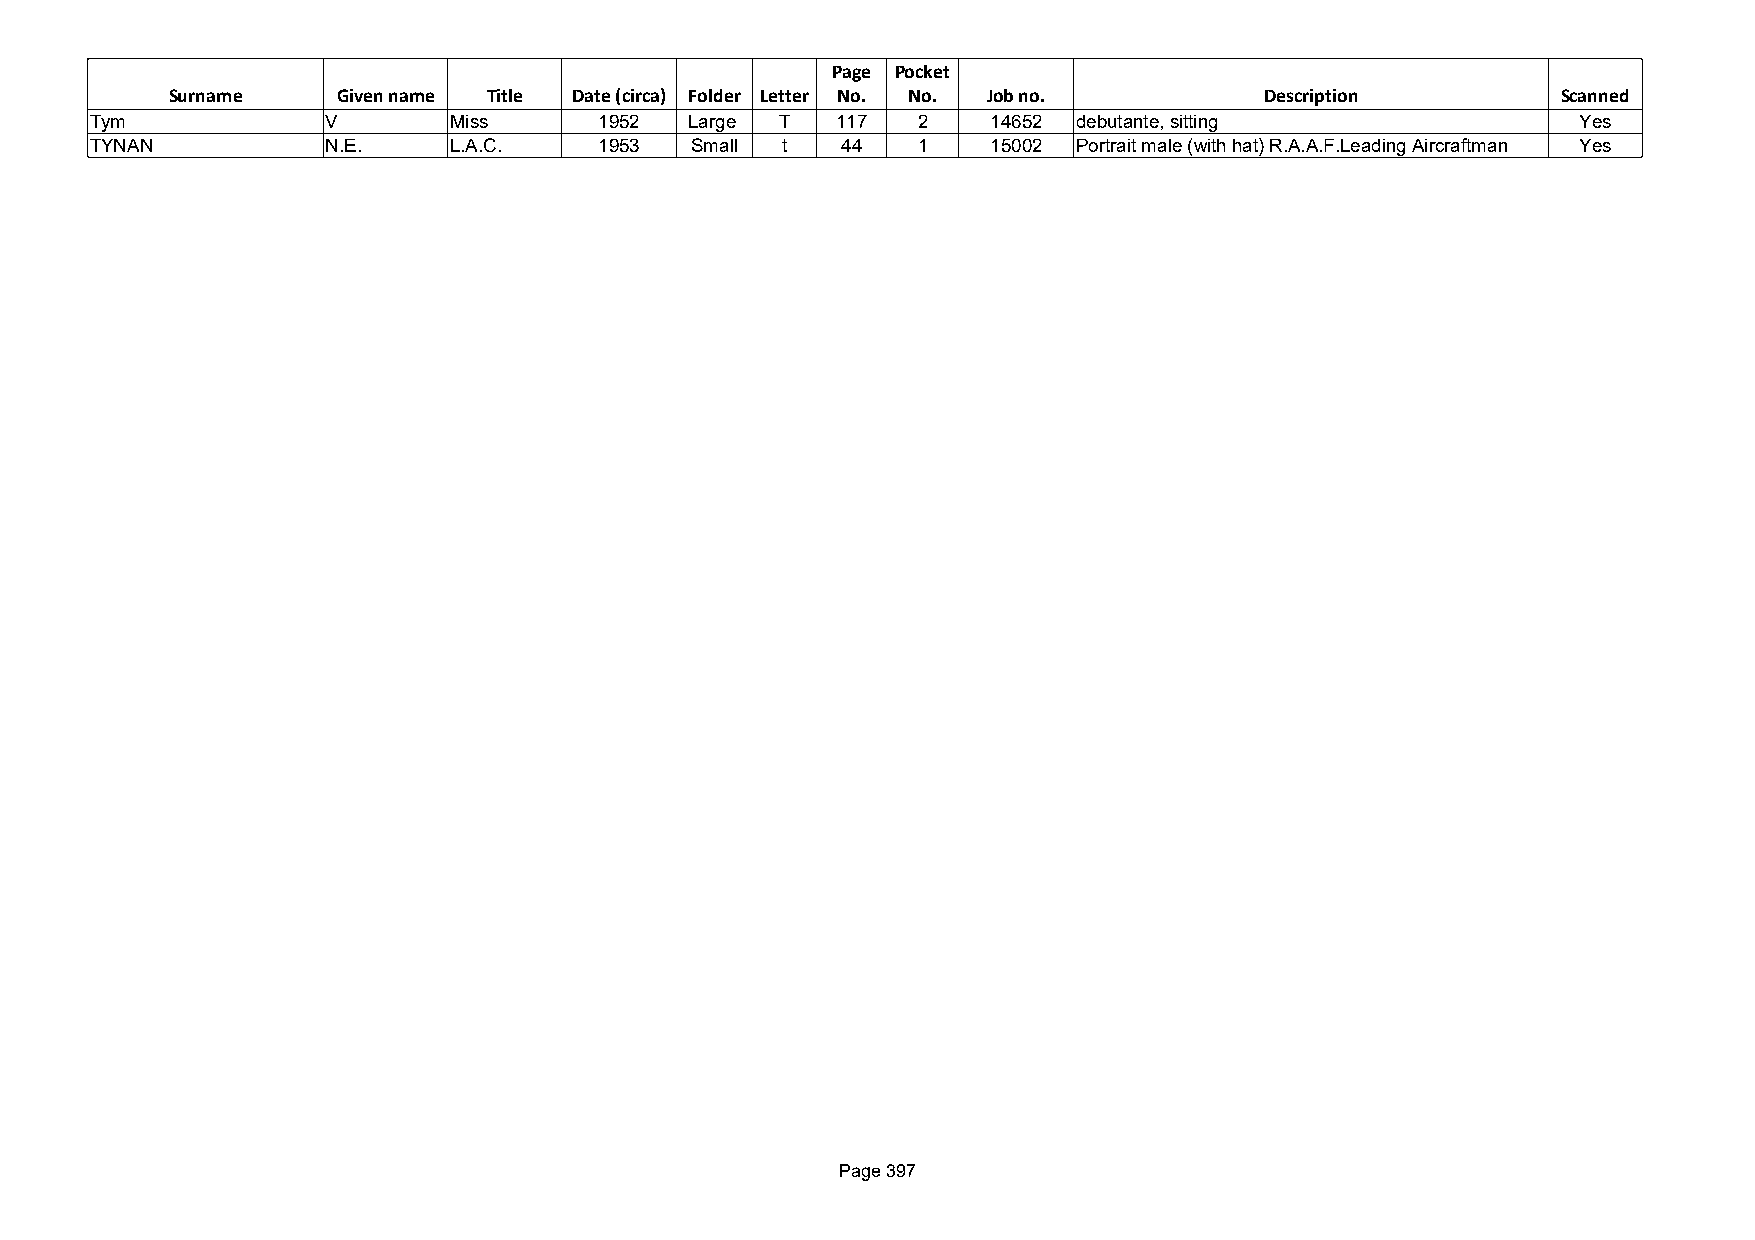
Page Pocket
 Surname    Given name Title Date (circa) Folder Letter No. No. Job no.   Description        Scanned
 Tym             V       Miss      1952  Large T  117   2    14652 debutante, sitting               Yes
 TYNAN           N.E.    L.A.C.    1953  Small t   44   1    15002 Portrait male (with hat) R.A.A.F.Leading Aircraftman Yes
 Page 397